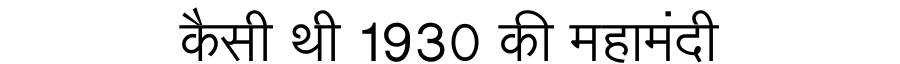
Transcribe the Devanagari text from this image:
कैसी थी 1930 की महामंदी